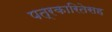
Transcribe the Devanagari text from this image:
पत्रकारितेसह